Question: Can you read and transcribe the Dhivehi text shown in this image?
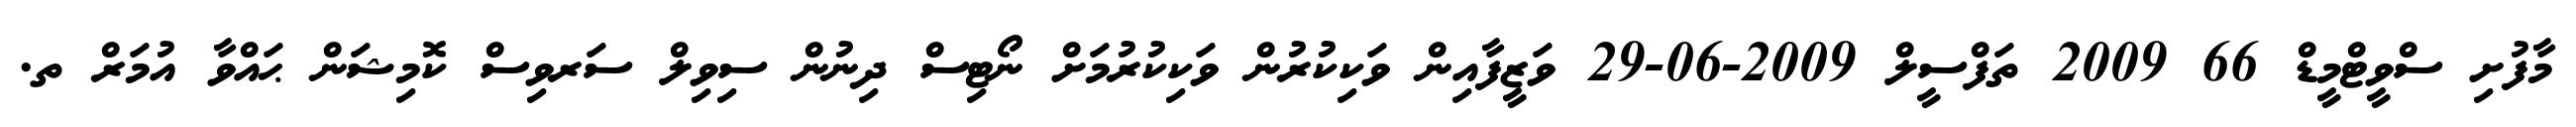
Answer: މާފުށި ސްވީޓްމީޑް 66 2009 ތަފްސީލް 2009-06-29 ވަޒީފާއިން ވަކިކުރުން ވަކިކުރުމަށް ނޯޓިސް ދިނުން ސިވިލް ސަރވިސް ކޮމިޝަން ޙައްވާ އުމަރް ތ.